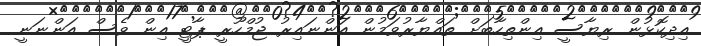
އިދިކޮޅުން ރިޔާސީ އިންތިހާބަށް ތައްޔާރުވަމުން އަންނައިރު ޖުމްހޫރީ ޕާޓީ އިން ވެސް އަންނަނީ